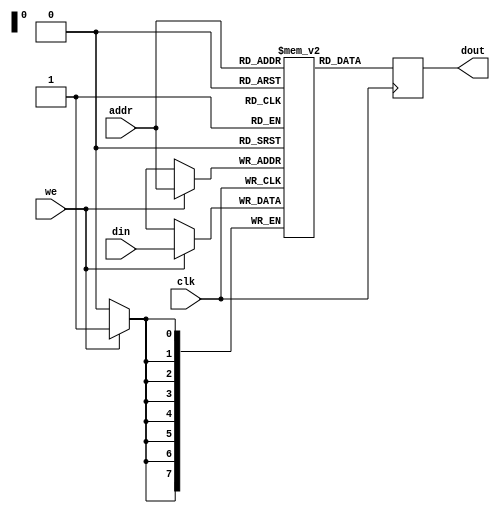
module SinglePortRegisterFile (
    input wire clk,
    input wire [7:0] addr,
    input wire [7:0] din,
    input wire we,
    output reg [7:0] dout
);

reg [7:0] mem [0:255];

always @ (posedge clk) begin
    if (we) begin
        mem[addr] <= din;
    end
    
    dout <= mem[addr];
end

endmodule